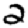
Digit: 2